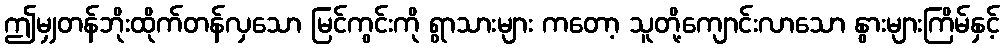
ဤမျှတန်ဘိုးထိုက်တန်လှသော မြင်ကွင်းကို ရွာသားများ ကတော့ သူတို့ကျောင်းလာသော နွားများကြိမ်နှင့်